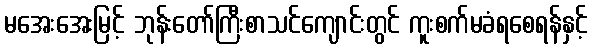
မအေးအေးမြင့် ဘုန်းတော်ကြီးစာသင်ကျောင်းတွင် ကူးစက်မခံရစေရန်နှင့်